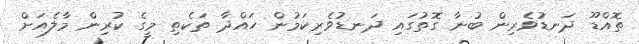
ތޮއްޑޫ ދަނޑުވެރިން ބުނާ ގޮތުގައި ދަނޑުވެރިކަމުން ހައްދާ ތަކެތި މީގެ ކުރިން މާލެއަށް